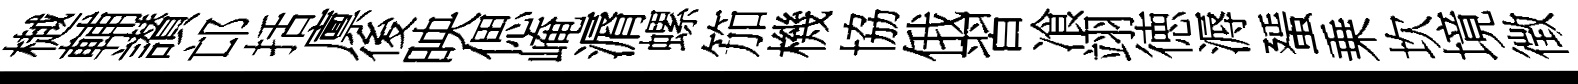
樾輔讃邙括廪後映偲崦漘螺笳機協俄習飡翊徳溽蜑乗坎境徴